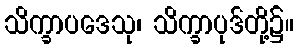
သိက္ခာပဒေသု၊ သိက္ခာပုဒ်တို့၌။